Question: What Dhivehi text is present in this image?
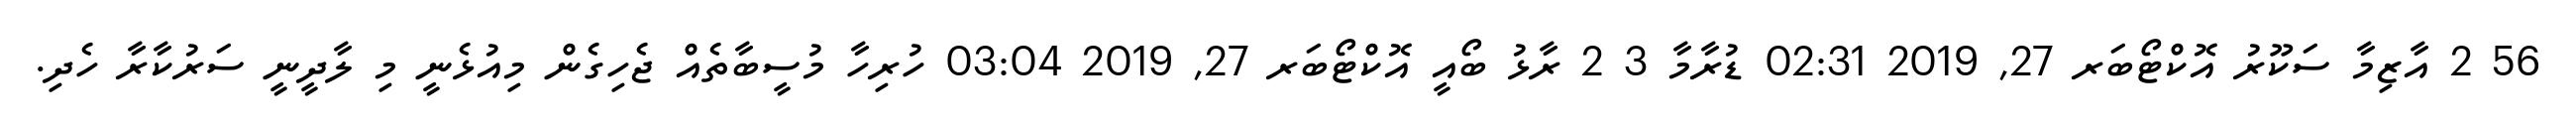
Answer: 56 2 އާޒިމާ ސަކޫރު އޮކްޓޯބަރ 27, 2019 02:31 ޑުރާމާ 3 2 ރާޅު ބޯއީ އޮކްޓޯބަރ 27, 2019 03:04 ހުރިހާ މުސީބާތެއް ޖެހިގެން މިއުޅެނީ މި ލާދީނީ ސަރުކާރާ ހެދި.